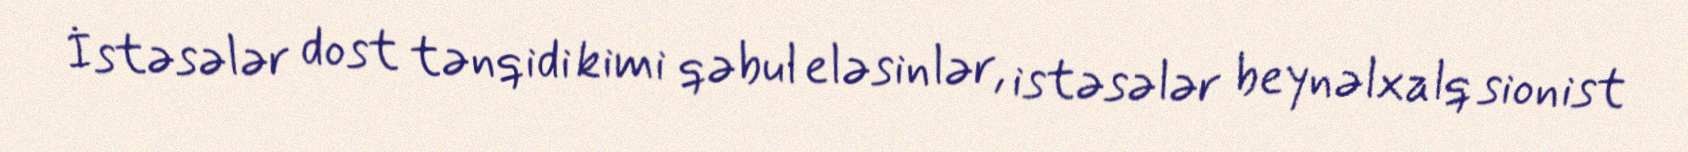
İstəsələr dost tənqidi kimi qəbul eləsinlər, istəsələr beynəlxalq sionist